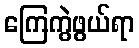
ကြေကွဲဖွယ်ရာ